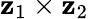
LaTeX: \mathbf{z}_{1}\times\mathbf{z}_{2}